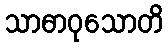
သာဓာဝုသောတိ